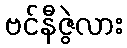
ဗင်နီဇွဲလား